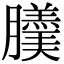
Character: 𦢹